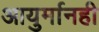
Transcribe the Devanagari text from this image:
आयुर्मानही